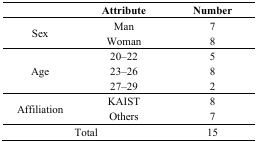
<table><thead><tr><td></td><td><b>Attribute</b></td><td><b>Number</b></td></tr></thead><tbody><tr><td rowspan="2">Sex</td><td>Man</td><td>7</td></tr><tr><td>Woman</td><td>8</td></tr><tr><td rowspan="3">Age</td><td>20–22</td><td>5</td></tr><tr><td>23–26</td><td>8</td></tr><tr><td>27–29</td><td>2</td></tr><tr><td rowspan="2">Affiliation</td><td>KAIST</td><td>8</td></tr><tr><td>Others</td><td>7</td></tr><tr><td colspan="2">Total</td><td>15</td></tr></tbody></table>